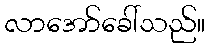
လာအော်ခေါ်သည်။